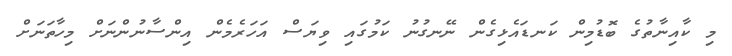
މި ކާއިނާތުގެ ބޮޑުމިން ކަނޑައެޅިގެން ނޭނގުނު ކަމުގައި ވިޔަސް އަހަރެމެން އިންސާނުންނަށް މިހާތަނަށް